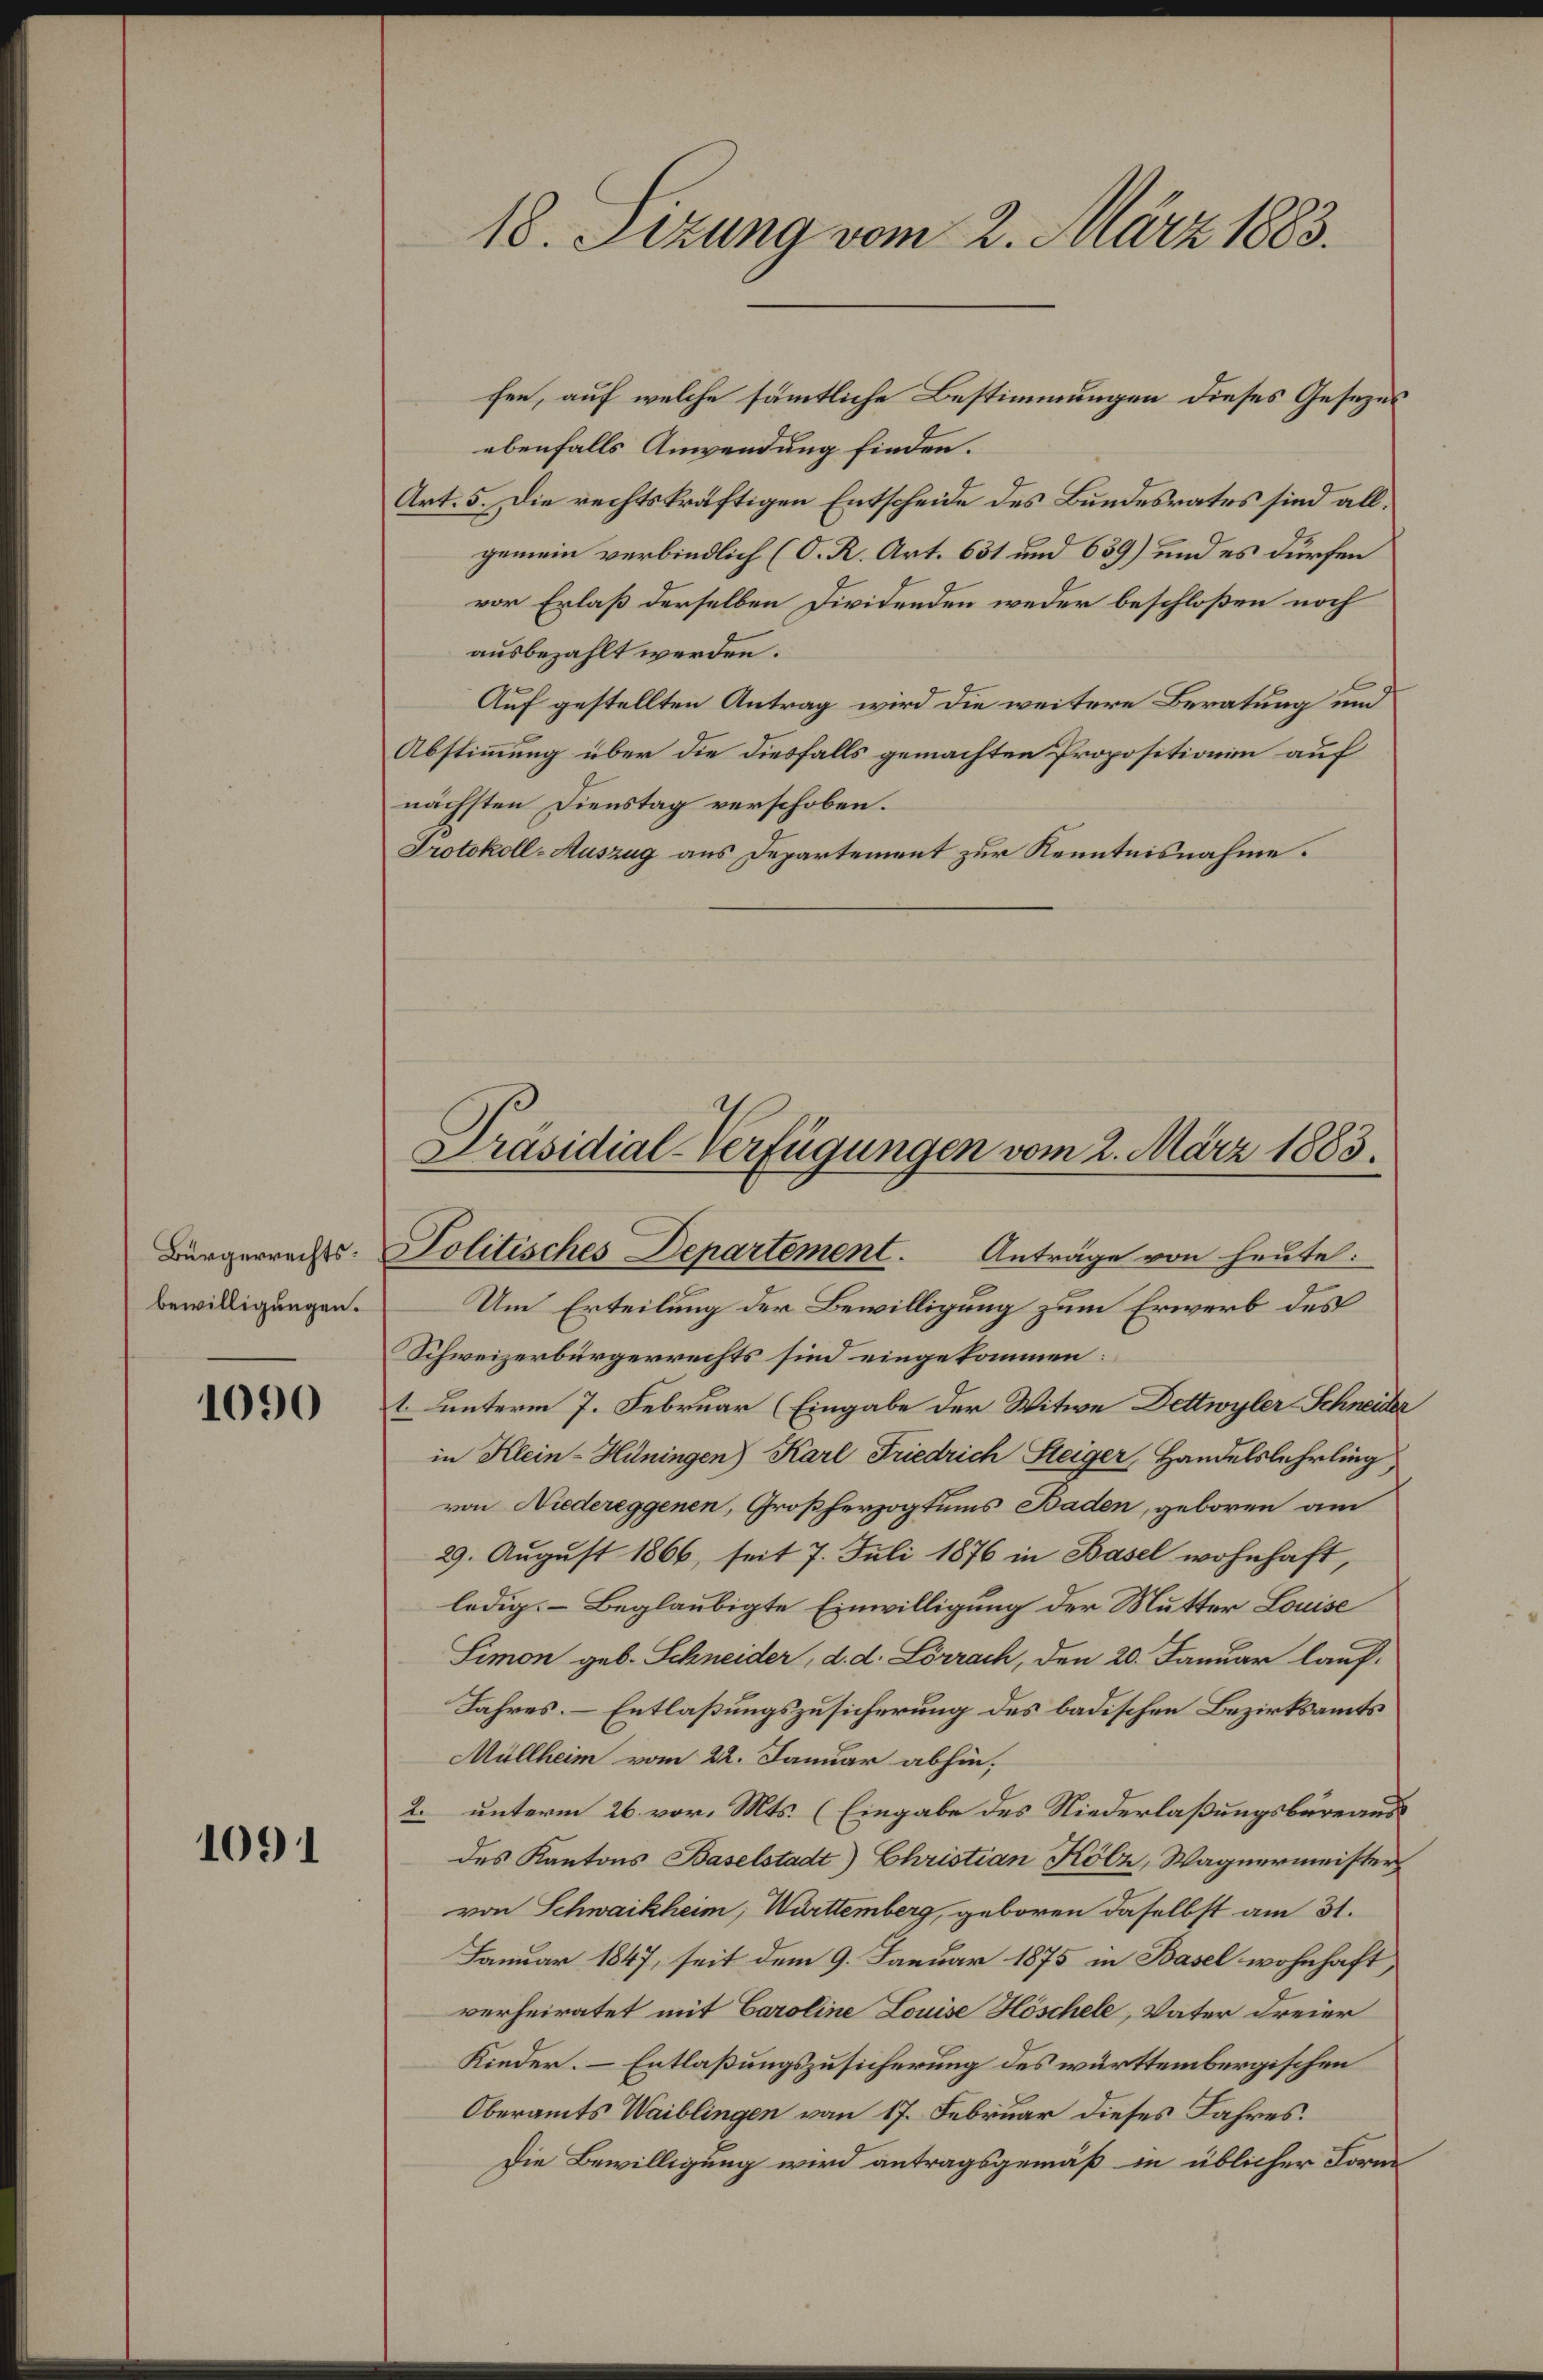
Bürgerrechtsbewilligungen.

1090

1091

ebenfalls Anwendung finden.
Art. 5. Die rechtskräftigen Entscheide des Bundesrates sind allgemein verbindlich (O. R. Art. 631 und 639) und es dürfen
vor Erlaß derselben Dividenden weder beschloßen noch
ausbezahlt werden.
Auf gestellten Antrag wird die weitere Beratung und
Abstimmung über die diesfalls gemachten Propositionen auf
nächsten Dienstag verschoben.
Protokoll-Auszug aus Departement zur Kenntnisnahme.

18. Sizung vom 2. März 1883.

fen, auf welche sämmtliche Bestimmungen dieses Gesezes

Präsidial-Verfügungen vom 2. März 1883.
Politisches Departement. Anträge von heute:

Um Erteilung der Bewilligung zum Erwerb des
Schweizerbürgerrechts sind eingekommen:
1. unterm 7. Februar (Eingabe der Witwe Dettwyler-Schneider
in Klein-Hüningen) Karl Friedrich Steiger, Handelslehrling,
von Niedereggenen, Großherzogtums Baden, geboren am
29. August 1866, seit 7. Juli 1876 in Basel wohnhaft,
ledig: Beglaubigte Einwilligung der Mutter Louise
Simon geb. Schneider, d. d. Lörrach, den 20. Januar lauf-
Jahres. Entlaßungszusicherung des badischen Bezirksamts
Müllheim vom 22. Januar abhin;
2. unterm 26. vor. Mts. (Eingabe des Niederlaßungsbureaus
des Kantons Baselstadt) Christian Kölz, Wagnermeister
von Schwaikheim, Württemberg, geboren daselbst am 31.
Januar 1847, seit dem 9. Januar 1875 in Basel wohnhaft
verheiratet mit Caroline Louise Höschele, Vater dreier
Kieder. Entlaßungszusicherung des württembergischen
Oberamts Waiblingen vom 17. Februar dieses Jahres.
Die Bewilligung wird antragsgemäß in üblicher Form